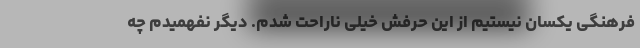
فرهنگی یکسان نیستیم از این حرفش خیلی ناراحت شدم. دیگر نفهمیدم چه